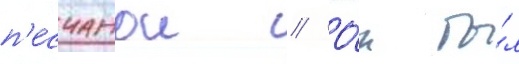
п'есчанои // О́н бы́л